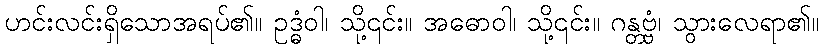
ဟင်းလင်းရှိသောအရပ်၏။ ဥဒ္ဓံဝါ၊ သို့၎င်း။ အဓောဝါ၊ သို့၎င်း။ ဂန္တဗ္ဗံ၊ သွားလေရာ၏။